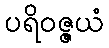
ပရိဝဇ္ဇယံ